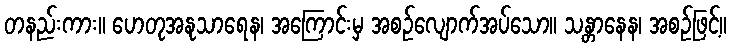
တနည်းကား။ ဟေတုအနုသာရေန၊ အကြောင်းမှ အစဉ်လျောက်အပ်သော။ သန္တာနေန၊ အစဉ်ဖြင့်။